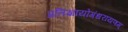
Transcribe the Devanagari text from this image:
प्रतिज्ञायोगंधरायणम्